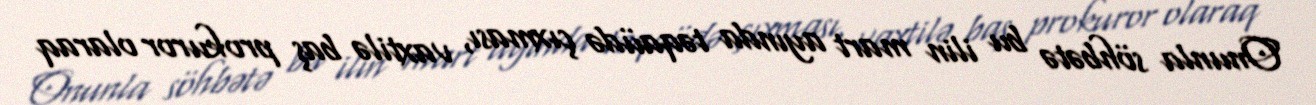
Onunla söhbətə bu ilin mart ayında təqaüdə çıxması, vaxtilə baş prokuror olaraq